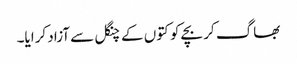
بھاگ کر بچے کو کتوں کے چنگل سے آزاد کرایا۔